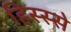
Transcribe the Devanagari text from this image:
हिस्‍स्‍से